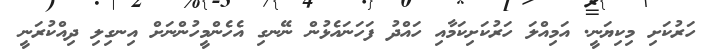
ހަރުކަށި މިކިޔަނީ. އަމިއްލަ ހަރުކަށިކަމާއި ހައްދު ފަހަނައެޅުން ނޭނގި އެހެންމީހުންނަށް އިނގިިލި ދިއްކުރަނީ